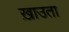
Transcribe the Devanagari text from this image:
ख़ाउता